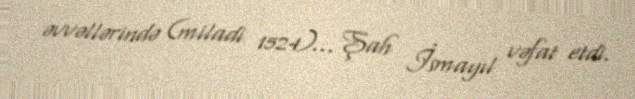
əvvəllərində (miladi 1524)… Şah İsmayıl vəfat etdi.